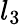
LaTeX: l_{3}